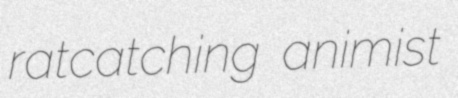
ratcatching animist